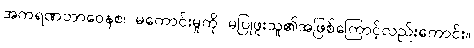
အကရဏဘာဝေနစ၊ မကောင်းမှုကို မပြုဖူးသူ၏အဖြစ်ကြောင့်လည်းကောင်း။